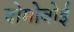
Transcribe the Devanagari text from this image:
दोमोवोई